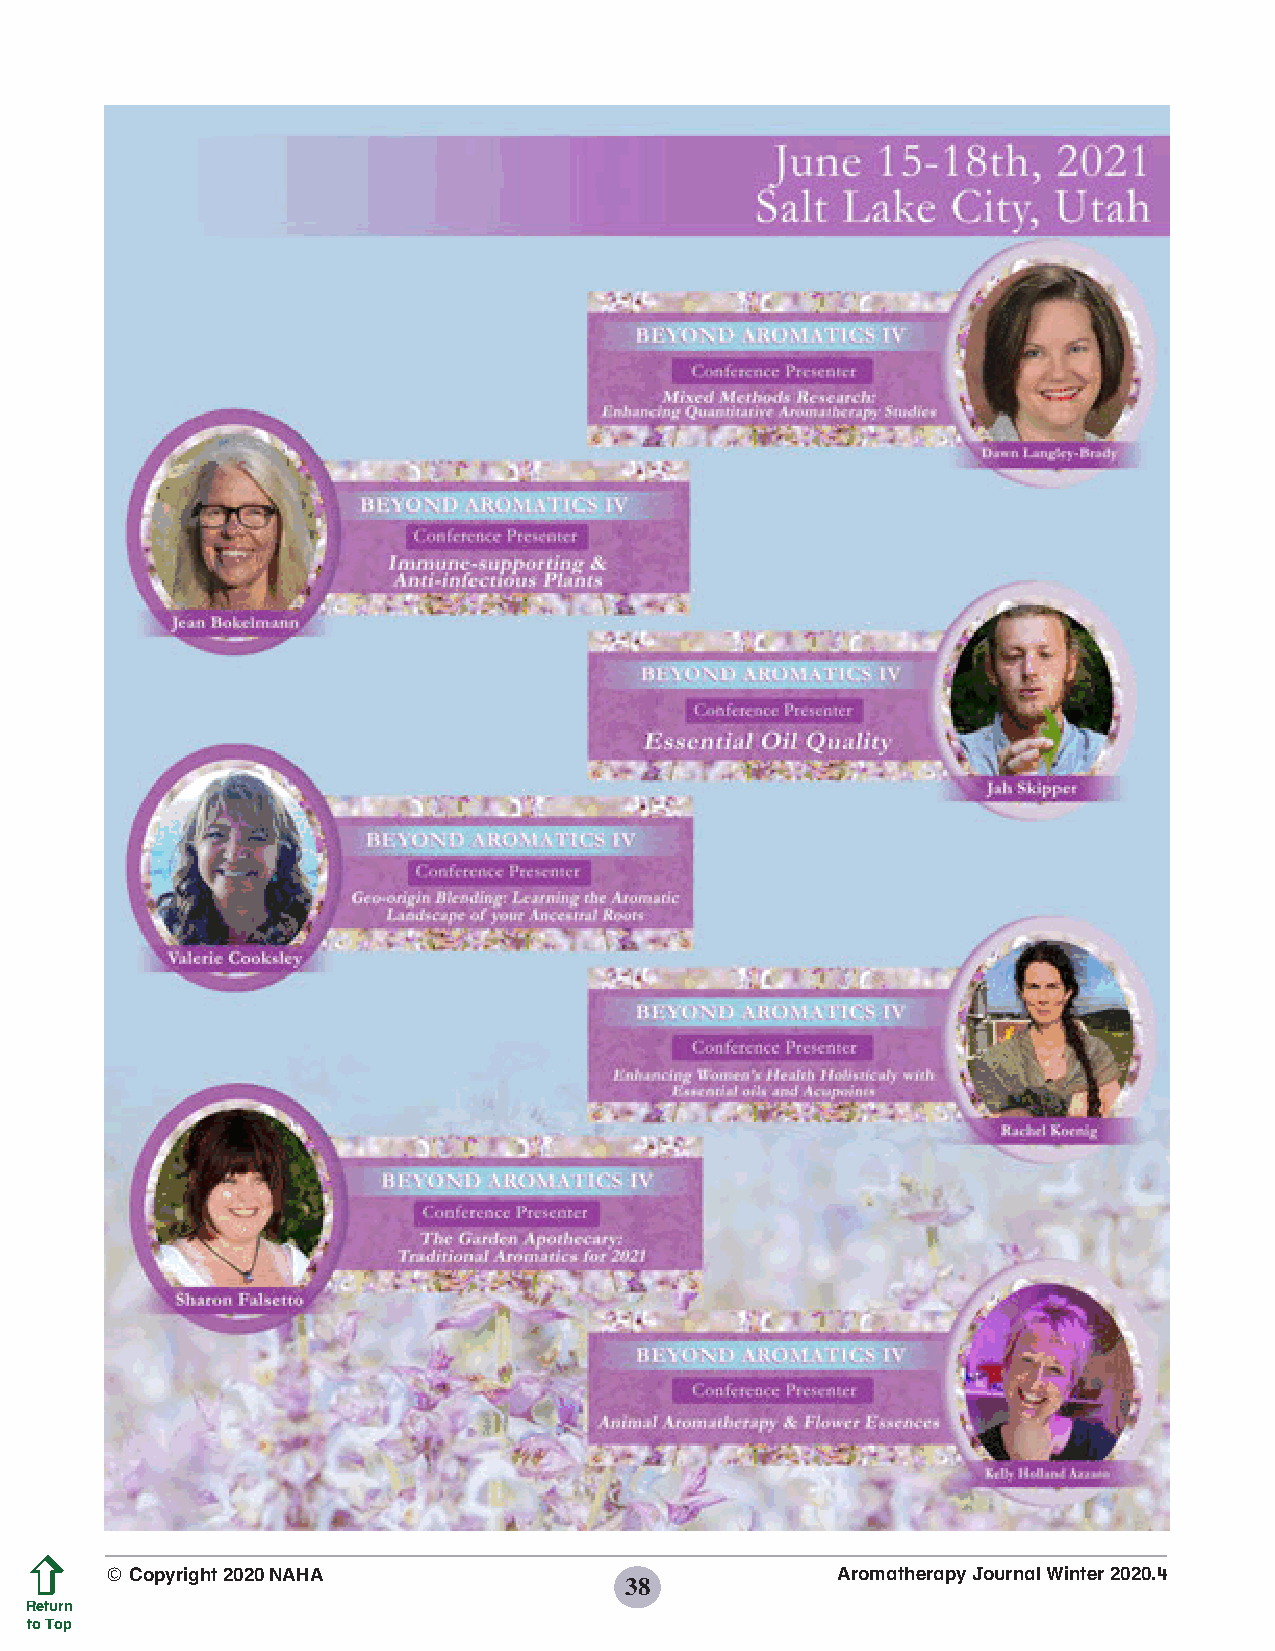
© Copyright 2020 NAHA                           Aromatherapy Journal Winter 2020.4
 38
 Return
 to Top
 